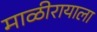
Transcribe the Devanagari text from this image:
माळीरायाला